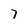
Character: 7